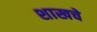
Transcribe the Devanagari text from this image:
शाखचे